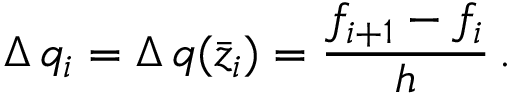
\Delta \, q _ { i } = \Delta \, q ( \bar { z } _ { i } ) = \frac { f _ { i + 1 } - f _ { i } } { h } \, .